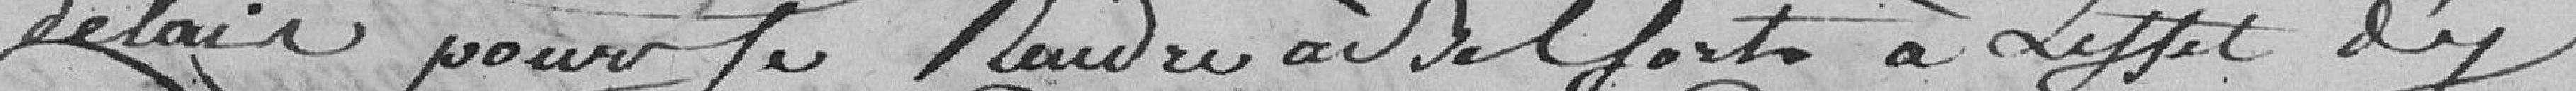
délai pour se rendre à Belfort à l'effet d'y